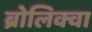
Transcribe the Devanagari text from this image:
ब्रोलिक्वा